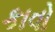
કાવો